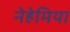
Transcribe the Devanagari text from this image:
नेहेमिया